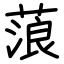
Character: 蒗